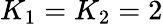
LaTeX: K_{1}=K_{2}=2